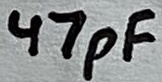
Text: 47pF